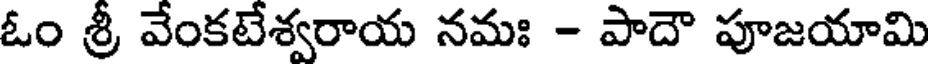
ఓం శ్రీ వేంకటేశ్వరాయ నమః - పాదౌ పూజయామి